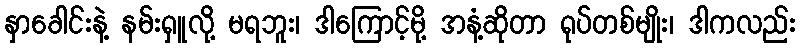
နှာခေါင်းနဲ့ နမ်းရှူလို့ မရဘူး၊ ဒါကြောင့်မို့ အနံ့ဆိုတာ ရုပ်တစ်မျိုး၊ ဒါကလည်း